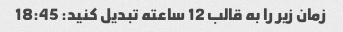
زمان زیر را به قالب 12 ساعته تبدیل کنید: 18:45